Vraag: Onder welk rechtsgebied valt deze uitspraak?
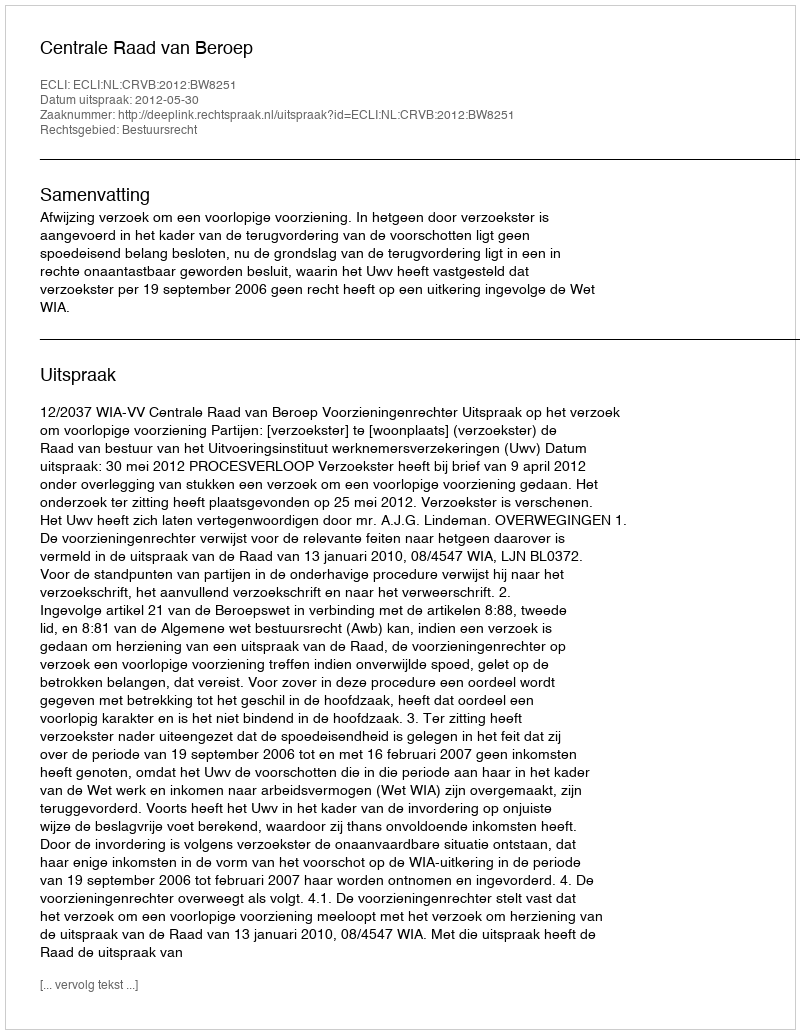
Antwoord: Bestuursrecht